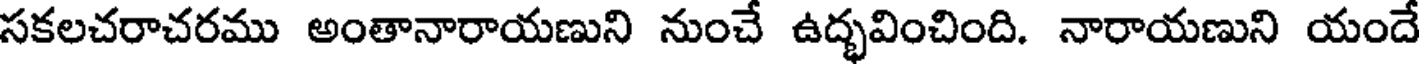
సకలచరాచరము అంతానారాయణుని నుంచే ఉద్భవించింది. నారాయణుని యందే